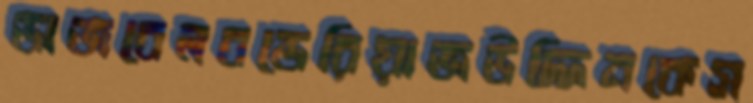
ডাজবেলবন্ডেরিয়াজউদ্দিনকেস